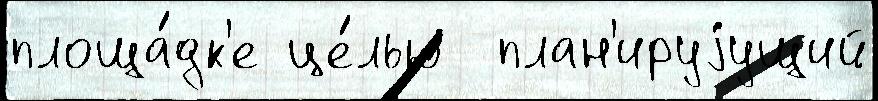
площа́дк'е це́лью  план'ируjущий